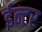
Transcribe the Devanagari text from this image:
ईन्टर